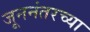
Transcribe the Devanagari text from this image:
जूननंतरच्या